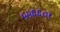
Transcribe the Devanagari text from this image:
५५६६०१